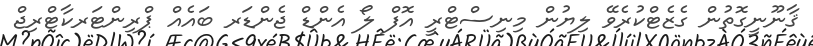
ޤާނޫނީގޮތުން ގެޒެޓްކުރެވޭ ލިޔުން މިނިސްޓްރީ އޮފް ލޯ އެންޑް ޖެންޑަރ ބައެއް ޕްރިންޓަރކާޓްރިޖް